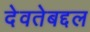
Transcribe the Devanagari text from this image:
देवतेबद्दल